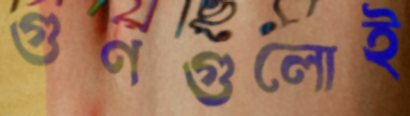
গুণগুলোই